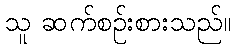
သူ ဆက်စဉ်းစားသည်။